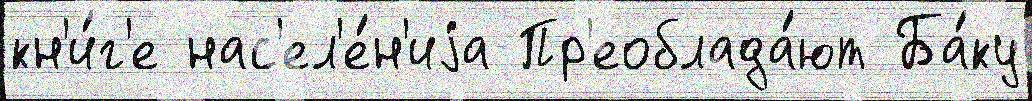
кн'и́г'е нас'ел'е́н'иjа Пр'еоблада́ют Ба́ку